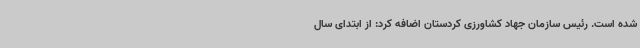
شده است. رئیس سازمان جهاد کشاورزی کردستان اضافه کرد: از ابتدای سال